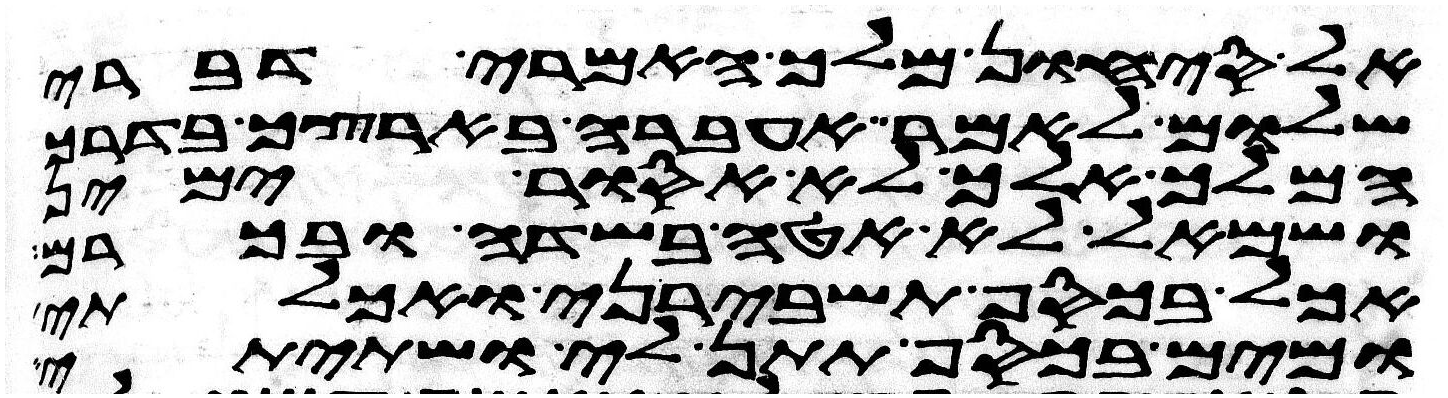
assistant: אל סיחון מלך האמרי דברי
שלום לאמר אעברה בארצך בדרך
המלך אלך לא אסור ימין
ושמאל לא אטה בשדה ובכרם
אכל בכסף תשבירני ואכלתי
ומים בכסף תתן לי ושתיתי